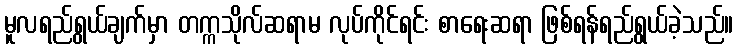
မူလရည်ရွယ်ချက်မှာ တက္ကသိုလ်ဆရာမ လုပ်ကိုင်ရင်း စာရေးဆရာ ဖြစ်ရန်ရည်ရွယ်ခဲ့သည်။